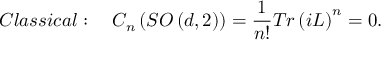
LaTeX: C l a s s i c a l : \quad C _ { n } \left( S O \left( d , 2 \right) \right) = \frac { 1 } { n ! } T r \left( i L \right) ^ { n } = 0 .